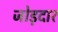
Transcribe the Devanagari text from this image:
जोड़दार